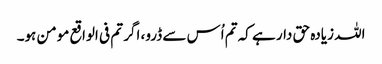
اللہ زیادہ حق دار ہے کہ تم اُس سے ڈرو، اگر تم فی الواقع مومن ہو۔